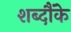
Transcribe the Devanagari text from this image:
शब्दौंके